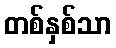
တစ်နှစ်သာ